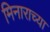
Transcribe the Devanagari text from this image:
मिनाराच्या